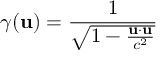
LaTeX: \gamma ( \mathbf { u } ) = { \frac { 1 } { \sqrt { 1 - { \frac { \mathbf { u } \cdot \mathbf { u } } { c ^ { 2 } } } } } }